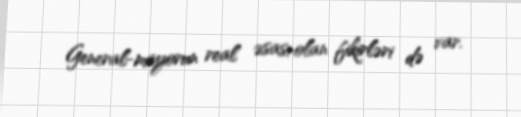
General-mayorun real əsası olan fikirləri də var.